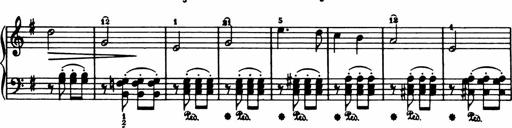
Title: Analytical Sonatinas
Composer: Frank Lynes